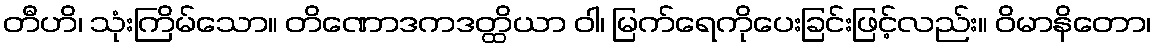
တီဟိ၊ သုံးကြိမ်သော။ တိဏောဒကဒတ္ထိယာ ဝါ၊ မြက်ရေကိုပေးခြင်းဖြင့်လည်း။ ဝိမာနိတော၊